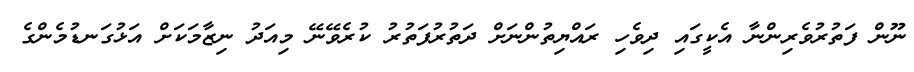
ނޫން ފަތުރުވެރިންނާ އެކީގައި ދިވެހި ރައްޔިތުންނަށް ދަތުރުފަތުރު ކުރެވޭނޭ މިއަދު ނިޒާމަކަށް އަޅުގަނޑުމެންގެ